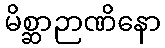
မိစ္ဆာဉာဏိနော